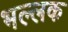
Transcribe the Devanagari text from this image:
भल्लक